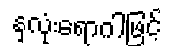
နှလုံးရောဂါဖြင့်